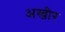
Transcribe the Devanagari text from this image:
अखीर